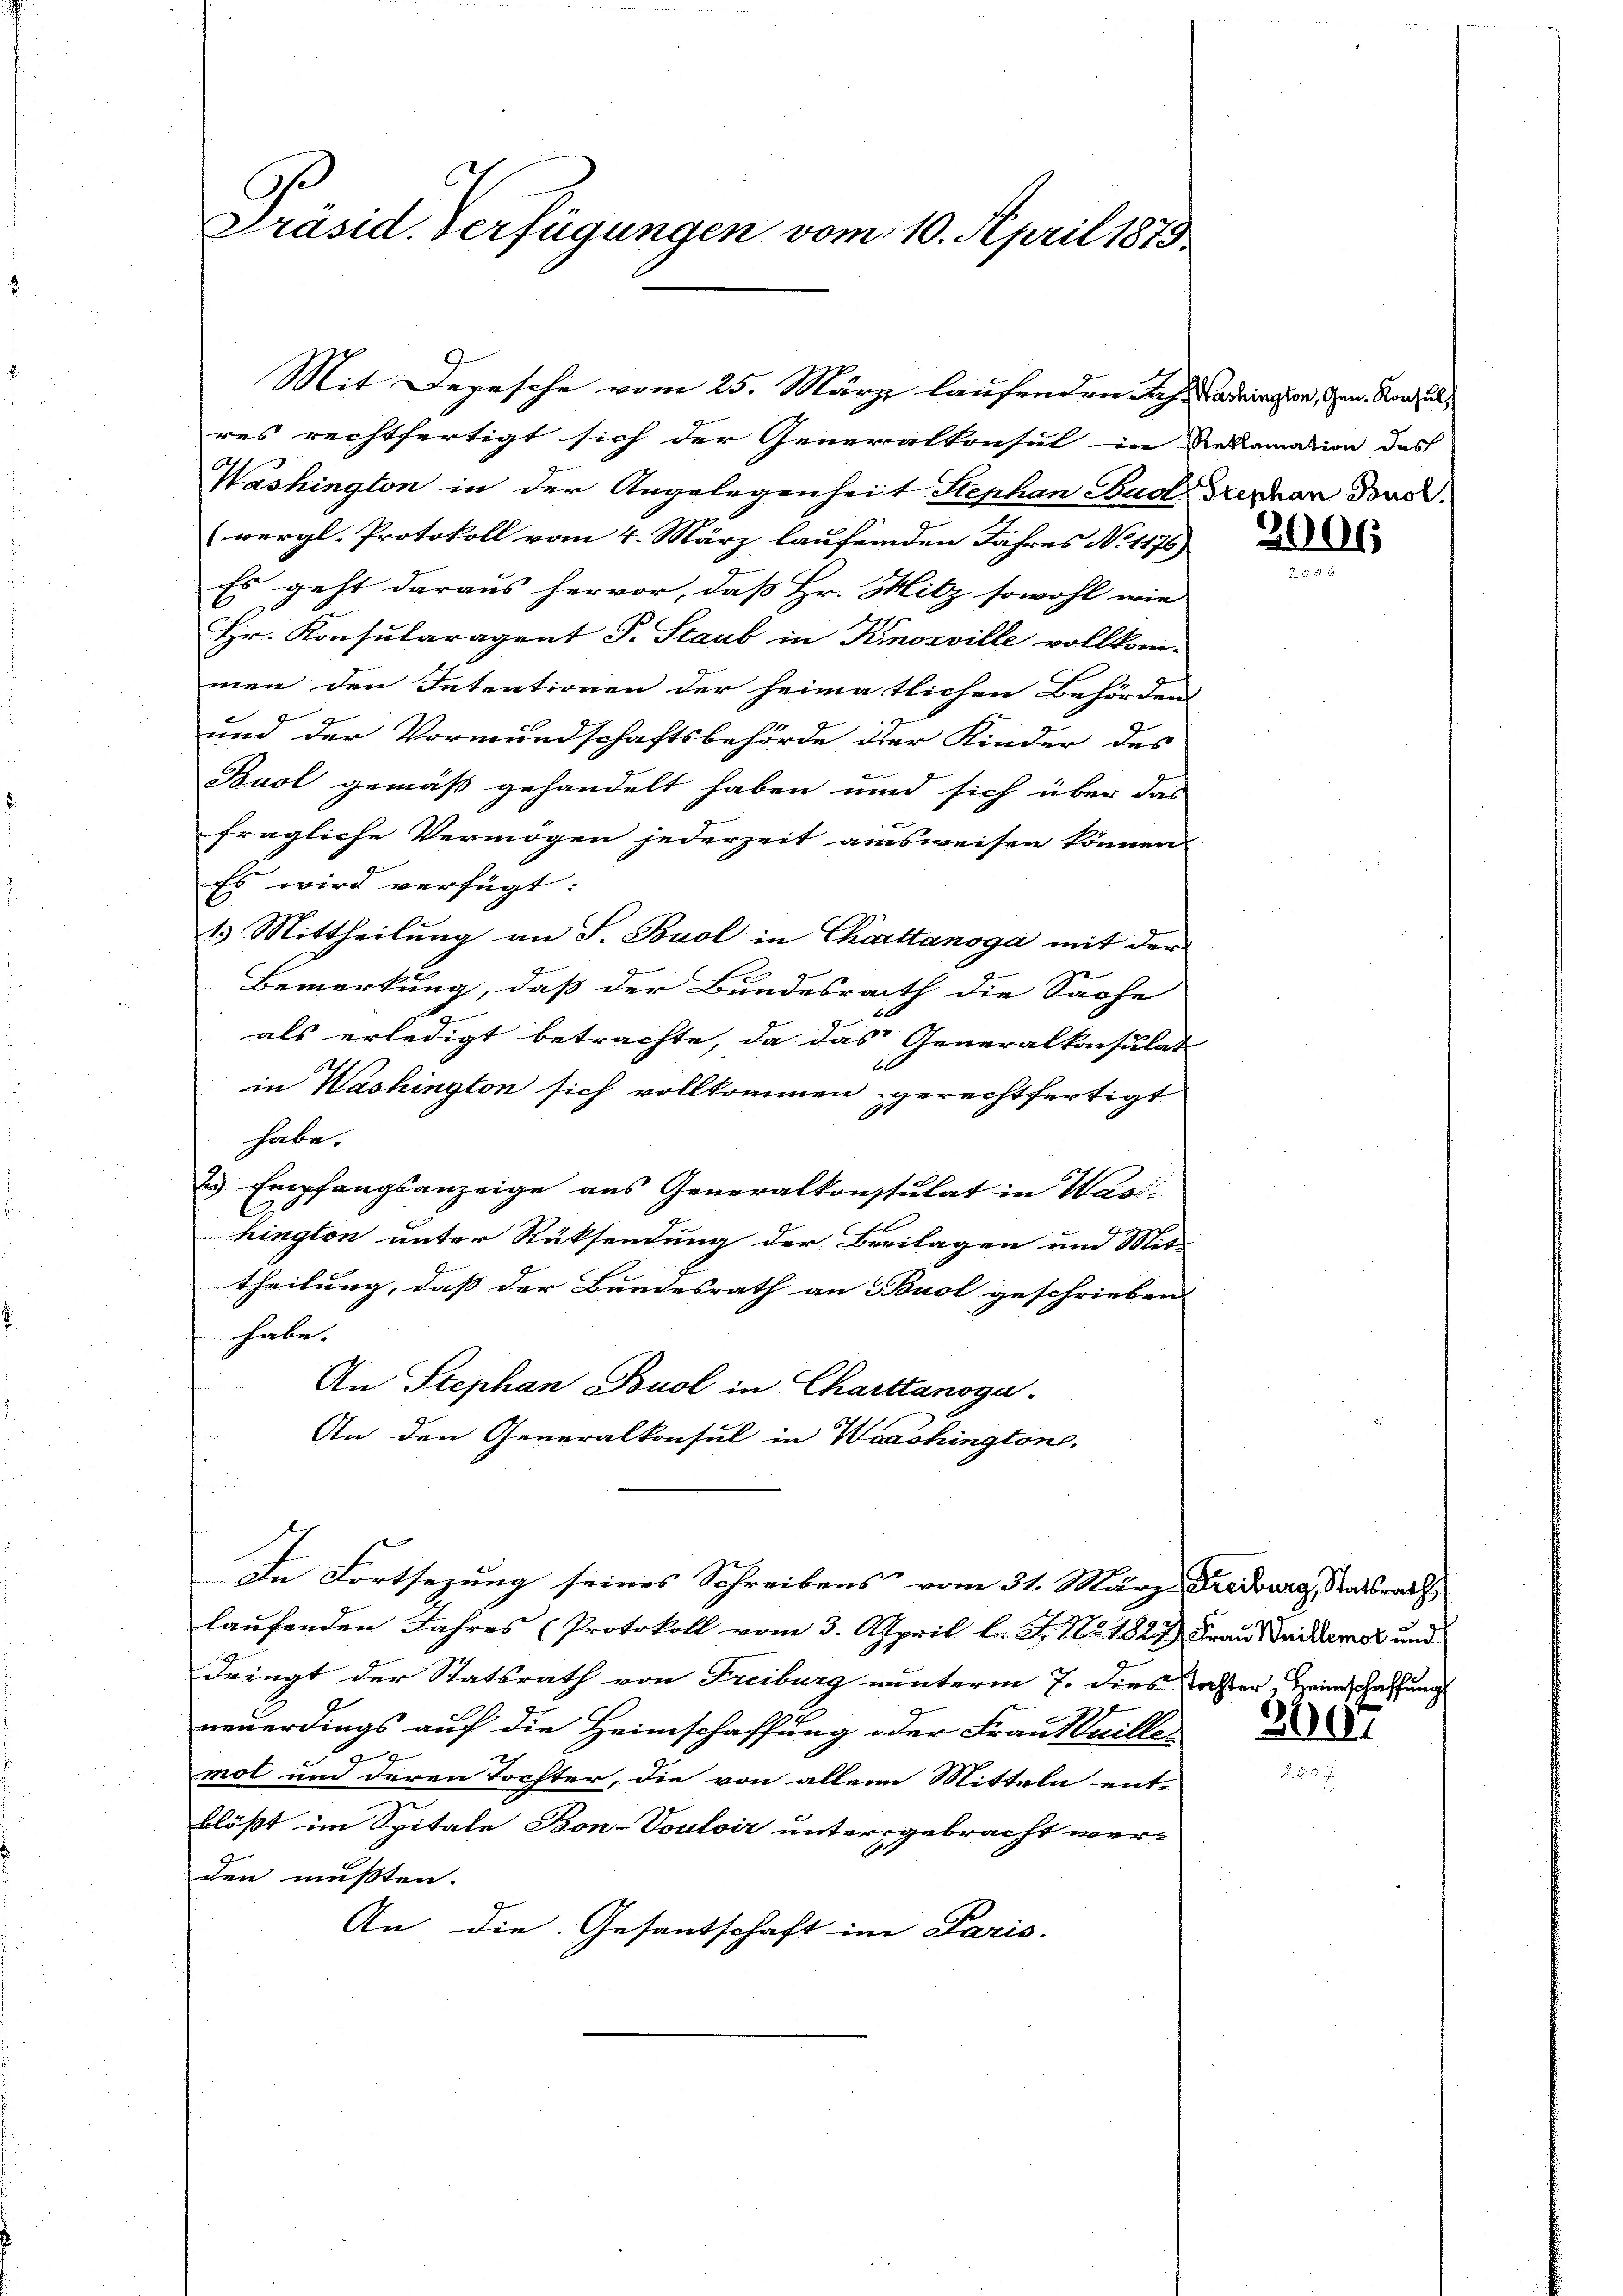
res rechtfertigt sich der Generalkonsul in Reklamation des
Washington in der Angelegenheit Stephan Buolrephan Dous.
vergl. Protokoll vom 4. März laufenden Jahres No 1176)
Es geht daraus hervor, daß Hr. Mitz sowohl wie
Hr. Konsularagent J. Staub in Knosville vollkom-
men den Intentionen der heimatlichen Behörden
und der Vormundschaftsbehörde der Kinder des
Buol gemäß gehandelt haben und sich über das
fragliche Vermögen jederzeit ausweisen können,
Es wird verfügt:
1.) Mittheilung an S. Buol in Charttanoga mit der
Bemerkung, daß der Bundesrath die Sache
u
als erledigt betrachte, da das Generalkonsulat
x
in Washington sich vollkommen gerechtfertigt
habe.
 Empfangsanzeige aus Generalkonstulat in Wasi-
hington unter Rücksendung der Breilagen und Mit-
theilung, daß der Bundesrath an Buol geschrieben
habe.
An Stephan Buol in Charttanoga
An den Generalkonsul in Waashington,
In Fortsezung seines Schreibens vom 31. März Freiburg, Ratsrath
laufenden Jahres (Protokoll vom 3. April l. J. No. 1827) Frau Juckemor und
dringt der Statsrath von Freiburg unterm 7. dies Taster, Heimschaffung
neuerdings auf die Heimschaffung oder Frau taille
mol und deren Tochter, die von allem Mitteln ent-
blößt im Spitale Bon-Vouloir untergebracht wer-
den mußten.
An die Gesandschaft im Paris.

Präsid. Verfügungen vom 10. April 1873.

Mit Depesche vom 25. März laufenden Rest adrington, den Konsul

2006

2007